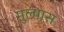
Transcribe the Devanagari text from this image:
मुल्यास